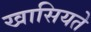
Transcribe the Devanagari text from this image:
खासियते